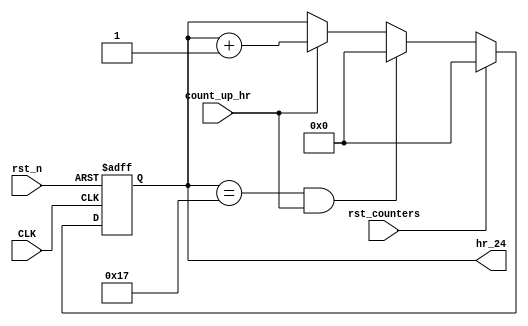
module clk_count_hr_24
(
	input  wire 	  CLK,
	input  wire 	  rst_n,
	input  wire       rst_counters,
	input  wire       count_up_hr,
	output reg  [7:0] hr_24
);

always @(posedge CLK,negedge rst_n) begin
	if (!rst_n) begin
		hr_24 <= 8'b0;
	end
	else if (rst_counters) begin
	    hr_24 <= 8'b0;
    end
	else if (hr_24 == 8'd23 && count_up_hr) begin
		hr_24 <= 8'b0;
	end
	else if (count_up_hr) begin
		hr_24 <= hr_24 + 1'b1;
    end
end

endmodule